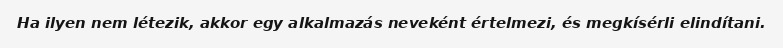
Ha ilyen nem létezik, akkor egy alkalmazás neveként értelmezi, és megkísérli elindítani.